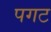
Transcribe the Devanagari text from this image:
पगट